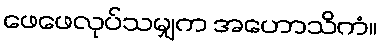
ဖေဖေလုပ်သမျှက အဟောသိကံ။